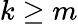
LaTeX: k\geq m